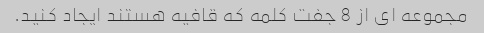
مجموعه ای از 8 جفت کلمه که قافیه هستند ایجاد کنید.